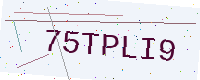
Text: 75TPLI9